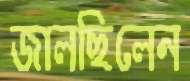
জালছিলেন